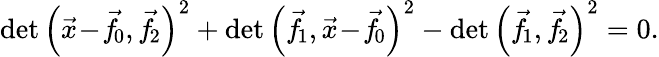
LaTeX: \operatorname*{det}{\left({\vec{x}}\! -\! {\vec{f}}\! _{0},{\vec{f}}\! _{2}\right)^{2}}+\operatorname*{det}{\left({\vec{f}}\! _{1},{\vec{x}}\! -\! {\vec{f}}\! _{0}\right)^{2}}-\operatorname*{det}{\left({\vec{f}}\! _{1},{\vec{f}}\! _{2}\right)^{2}}=0.